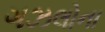
ગઝલોના